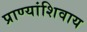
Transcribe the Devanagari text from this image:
प्राण्यांशिवाय